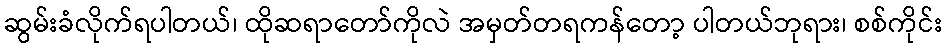
ဆွမ်းခံလိုက်ရပါတယ်၊ ထိုဆရာတော်ကိုလဲ အမှတ်တရကန်တော့ ပါတယ်ဘုရား၊ စစ်ကိုင်း